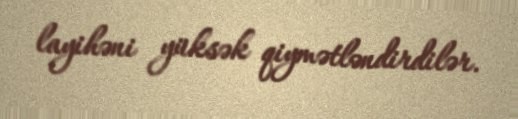
layihəni yüksək qiymətləndirdilər.